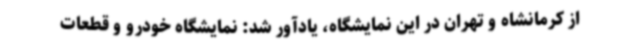
از کرمانشاه و تهران در این نمایشگاه، یادآور شد: نمایشگاه خودرو و قطعات